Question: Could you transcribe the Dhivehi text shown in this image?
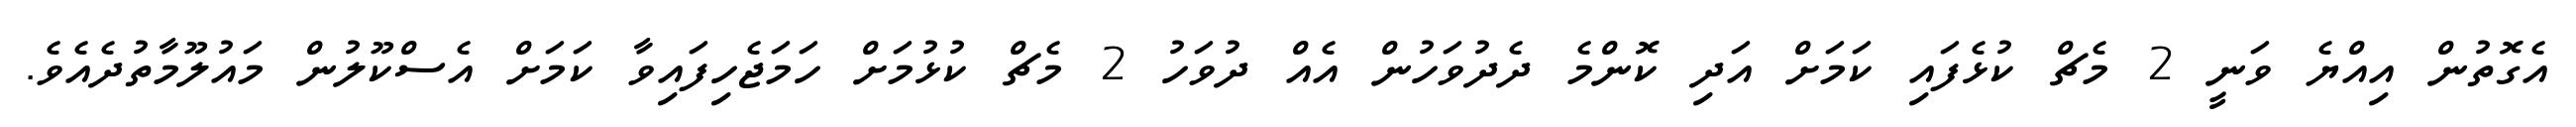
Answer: އެގޮތުން އިއްޔެ ވަނީ 2 މެޗް ކުޅެފައި ކަމަށް އަދި ކޮންމެ ދެދުވަހުން އެއް ދުވަހު 2 މެޗް ކުޅުމަށް ހަމަޖެހިފައިވާ ކަމަށް އެސްކޫލުން މައުލޫމާތުދެއެވެ.